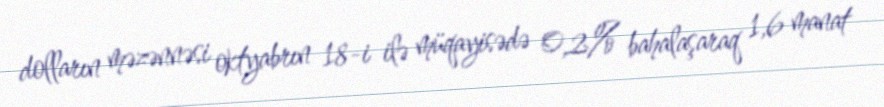
dolların məzənnəsi oktyabrın 18-i ilə müqayisədə 0,2% bahalaşaraq 1,6 manat